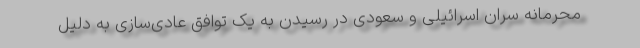
محرمانه سران اسرائیلی و سعودی در رسیدن به یک توافق عادی‌سازی به دلیل